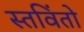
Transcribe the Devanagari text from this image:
स्तविंतो